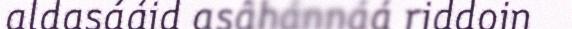
aldasááid asâhánnáá riddoin